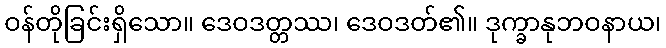
ဝန်တိုခြင်းရှိသော။ ဒေဝဒတ္တဿ၊ ဒေဝဒတ်၏။ ဒုက္ခာနုဘဝနာယ၊